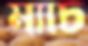
ম্যাচ